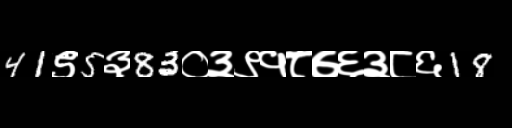
Text: 41९5३83०३९१८७६३८६18